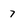
Character: 7